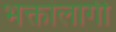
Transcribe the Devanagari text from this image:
भक्तांलागी